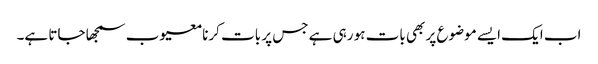
اب ایک ایسے موضوع پر بھی بات ہو رہی ہے جس پر بات کرنا معیوب سمجھا جاتا ہے۔